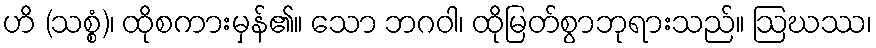
ဟိ (သစ္စံ)၊ ထိုစကားမှန်၏။ သော ဘဂဝါ၊ ထိုမြတ်စွာဘုရားသည်။ ဩဃဿ၊